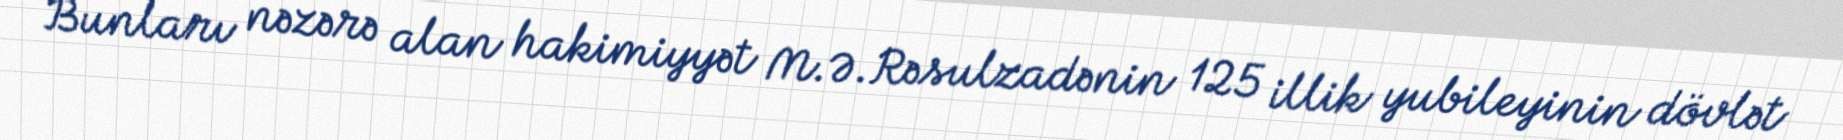
Bunları nəzərə alan hakimiyyət M.Ə.Rəsulzadənin 125 illik yubileyinin dövlət